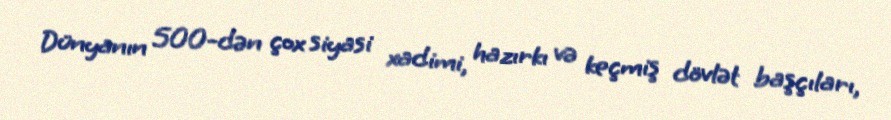
Dünyanın 500-dən çox siyasi xadimi, hazırkı və keçmiş dövlət başçıları,